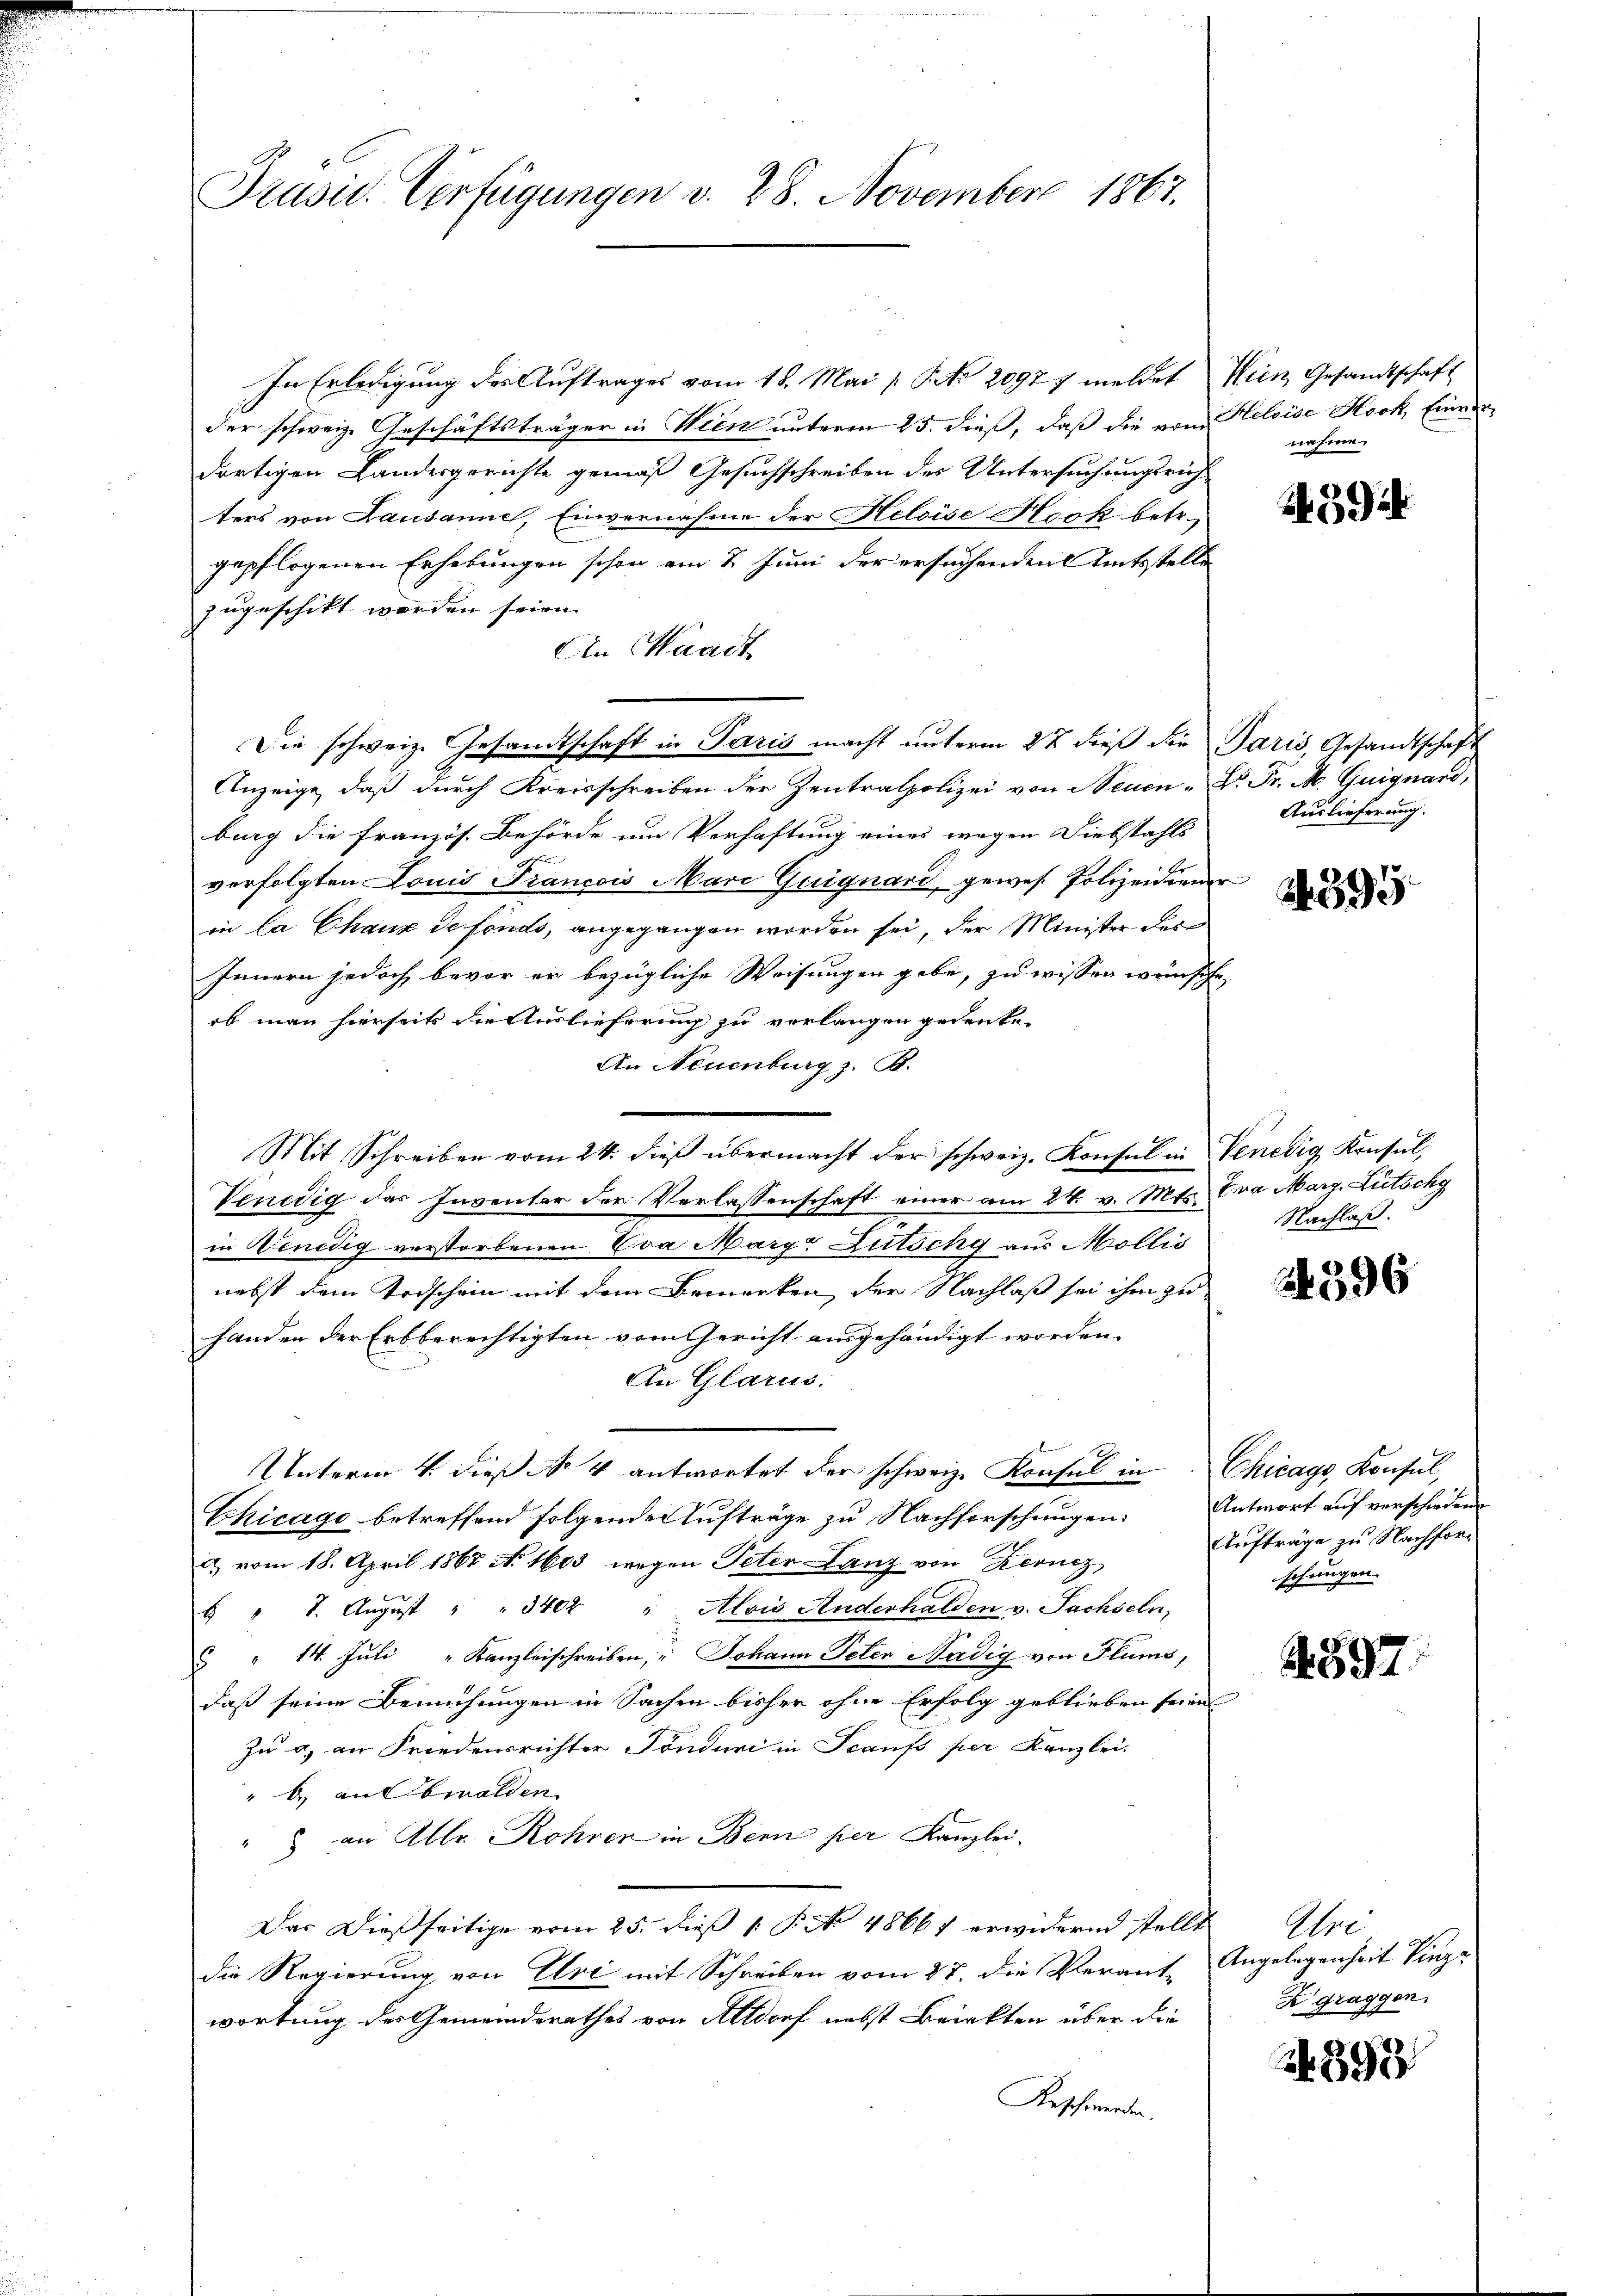
Präsid. Verfügungen v. 28. November 1867.

In Erledigung der Auftrages vom 18. Mai [ P. Nr. 20977 meldet Wien Gesandtschaft
der schweiz. Geschäftsträger in Wien unterm 25. dieß, daß die vom Heloise Hock, Einverdortigen Landesgerichte gemäß Gesuchschreiben des Untersuchungsrich-
ters von Lausanne, Einvernahme der Heloise Hook betr.
gepflogenen Erhebungen schon am 2. Juni der ersuchenden Amtsstelle
zugeschikt worden seien.
An Waadt
Die schweiz. Gesandtschaft in Paris macht unterm 27 dieß die Paris, Gesandtschaft
Anzeige, daß durch Kreisschreiben der Zentralpolizei von Neuen - Dr. Fr. M. Guignard,
burg die französ. Behörde um Verhaftung eines wegen Diebstahls
verfolgten Louis Francois Marc Guignard, gewes. Polizeidienen
in la Chaux de fonds, angegangen worden sei, der Minister des
Innern jedoch bevor er bezügliche Weisungen gebe, zu wissen wünsche
ob man hierseits die Auslieferung zu verlangen gedenke.
An Neuenburg z. B.
Mit Schreiben vom 24. dieβ übermacht der schweiz. Konsul in Venedig Konsul,
Venedig das Inventar der Verlassenschaft einer am 24. v. Mts. Cra Marg. Litschg
in Venedig verstorbenen Eva Marge Zutschy aus Mollis
nebst dem Todschein mit dem Bemerken, der Nachlaß sei ihm zu
handen der Erbberechtigten vom Gericht ausgehändigt worden.
An Glarus:
Unterm 4. dieß No 4 antwortet der schweiz. Konsul in Chicago, Konsul,
Chicago betreffend folgende Aufträge zu Nachforschungen: Antwort auf verschiedene
u vom 18. April 1867 No 1603 wegen Peter Lanz von Zernig,
 " 7. Aŭgŭst " " 3402 " Alois Anderhalden v. Sachseln,
 " 14. Juli " Kanzleischreiben, " Johann Peten Nädig von Flums,
daß seine Bemühungen in Sachen bisher ohne Erfolg geblieben seien
Zu a. an Friedensrichter Tönduri in Scaufs per Kanzlei-
" b. auf Ewalden
" an Alle Rohren in Bern per Kanzlei.
Das Dießseitige vom 25. dieß 1 P. No 48661 erwidernd stellt
die Regierung von Uri mit Schreiben vom 27. die Verant-Angelegenheit Einga
wortung des Gemeindsrathes von Altdorf nebst Briekten über die
Aeschwerden,

nahme.

1459

Auslieferung.

893.

Nachlaß.

24396

Aufträge zu Nachforschungen.

4597

Sie
Zgraggen.

2899